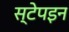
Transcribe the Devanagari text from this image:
स्टेपइन